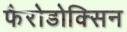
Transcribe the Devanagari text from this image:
फैरोडोक्सिन